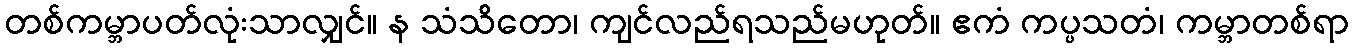
တစ်ကမ္ဘာပတ်လုံးသာလျှင်။ န သံသိတော၊ ကျင်လည်ရသည်မဟုတ်။ ဧကံ ကပ္ပသတံ၊ ကမ္ဘာတစ်ရာ